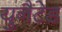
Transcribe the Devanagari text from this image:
युनैटेड